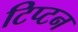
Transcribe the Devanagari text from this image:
टिप्टन